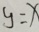
y = x